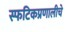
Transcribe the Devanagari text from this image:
स्फटिकप्रणालीचे